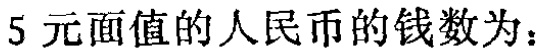
5元面值的人民币的钱数为：